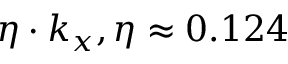
\eta \cdot k _ { x } , \eta \approx 0 . 1 2 4